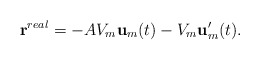
\begin{align*}{\bf r}^{real}=-AV_{m}{\bf u}_{m}(t)-V_{m}{\bf u}'_{m}(t).\end{align*}